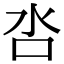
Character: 呇